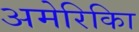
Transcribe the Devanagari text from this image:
अमेरिकिा